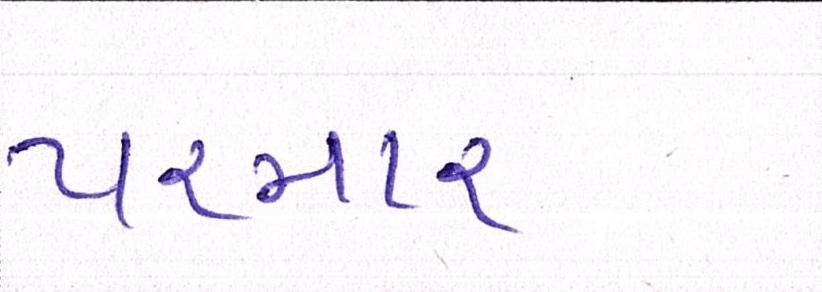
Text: પરમાર